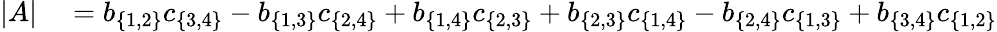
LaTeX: \begin{array}{rl}{|A|}&{{}=b_{\{ 1,2\} }c_{\{ 3,4\} }-b_{\{ 1,3\} }c_{\{ 2,4\} }+b_{\{ 1,4\} }c_{\{ 2,3\} }+b_{\{ 2,3\} }c_{\{ 1,4\} }-b_{\{ 2,4\} }c_{\{ 1,3\} }+b_{\{ 3,4\} }c_{\{ 1,2\} }}\end{array}